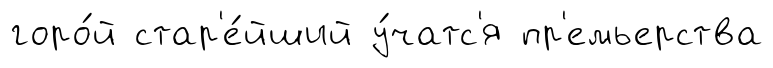
горо́й стар'е́йший у́чатс'я пр'емьерства